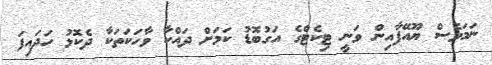
ނަމަވެސް ޔޫއޭފާއިން ވަނީ ޓިކެޓްގެ އަގުބޮޑު ކަމަށް ދައްކާ ވާހަކަތަކާ ދެކޮޅު ހަދައިފަ